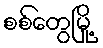
စစ်တွေမြို့